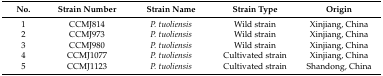
| No. | Strain Number | Strain Name | Strain Type | Origin |
 | --- | --- | --- | --- | --- |
 | 1 | CCMJ814 | P. tuoliensis | Wild strain | Xinjiang, China |
 | 2 | CCMJ973 | P. tuoliensis | Wild strain | Xinjiang, China |
 | 3 | CCMJ980 | P. tuoliensis | Wild strain | Xinjiang, China |
 | 4 | CCMJ1077 | P. tuoliensis | Cultivated strain | Xinjiang, China |
 | 5 | CCMJ1123 | P. tuoliensis | Cultivated strain | Shandong, China |